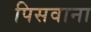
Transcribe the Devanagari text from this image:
पिसवाना